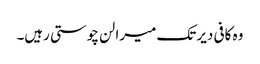
وہ کافی دیر تک میرا لن چوستی رہیں۔